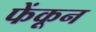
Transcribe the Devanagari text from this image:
फेंकून